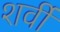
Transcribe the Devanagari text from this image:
शर्वी